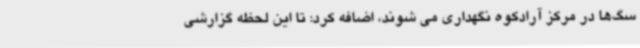
سگ‌ها در مرکز آرادکوه نگهداری می شوند، اضافه کرد: تا این لحظه گزارشی